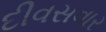
દીવસવાર